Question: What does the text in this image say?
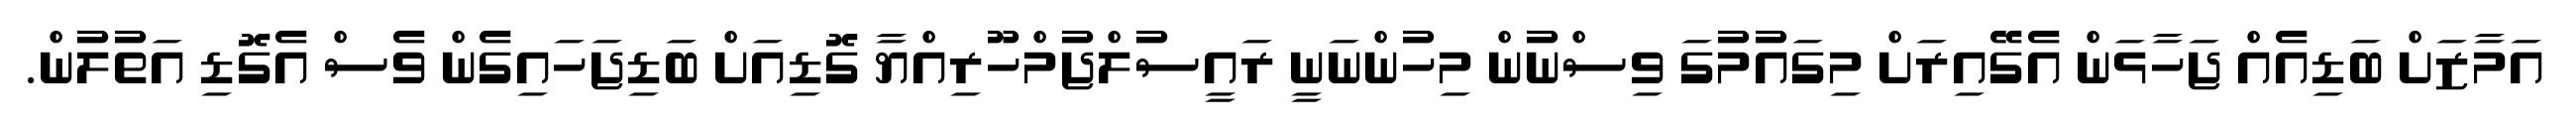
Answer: އަމާޒަށް ބަޑިއެއް ޖަހާޅަން އެގޭއިރަށް މިގައުމުގަ ވިސްނުން މިހުންނަނީ ރައީސުލްޖުމްހޫރިއްޔާ ގޮޑިއަށް ބަޑިޖަހައިގެން ވެސް އެގޮޑި އަތުލުން.